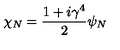
\chi _ { N } = \frac { 1 + i \gamma ^ { 4 } } { 2 } \psi _ { N }